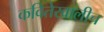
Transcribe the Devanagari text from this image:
कवितेखालीच